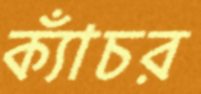
ক্যাঁচর